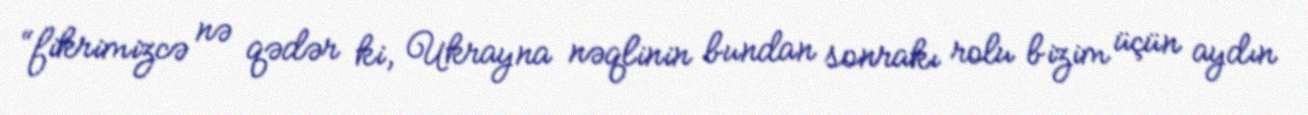
“fikrimizcə nə qədər ki, Ukrayna nəqlinin bundan sonrakı rolu bizim üçün aydın